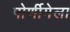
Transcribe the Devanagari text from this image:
पोर्णीमेला